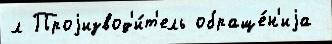
л Проjизвод'и́т'ель обраще́н'иjа